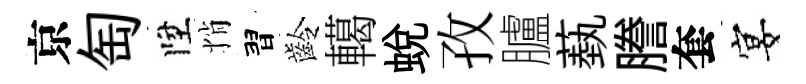
京匋陞悄習齡轕蛻孜臚蓺謄套宴